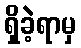
ရှိခဲ့ရာမှ